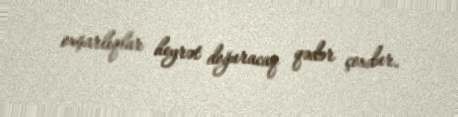
oxşarlıqlar heyrət doğuracaq qədər çoxdur.